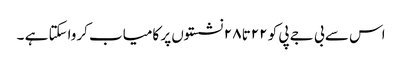
اس سے بی جے پی کو ۲۲تا ۲۸ نشستوں پر کامیاب کرواسکتا ہے ۔